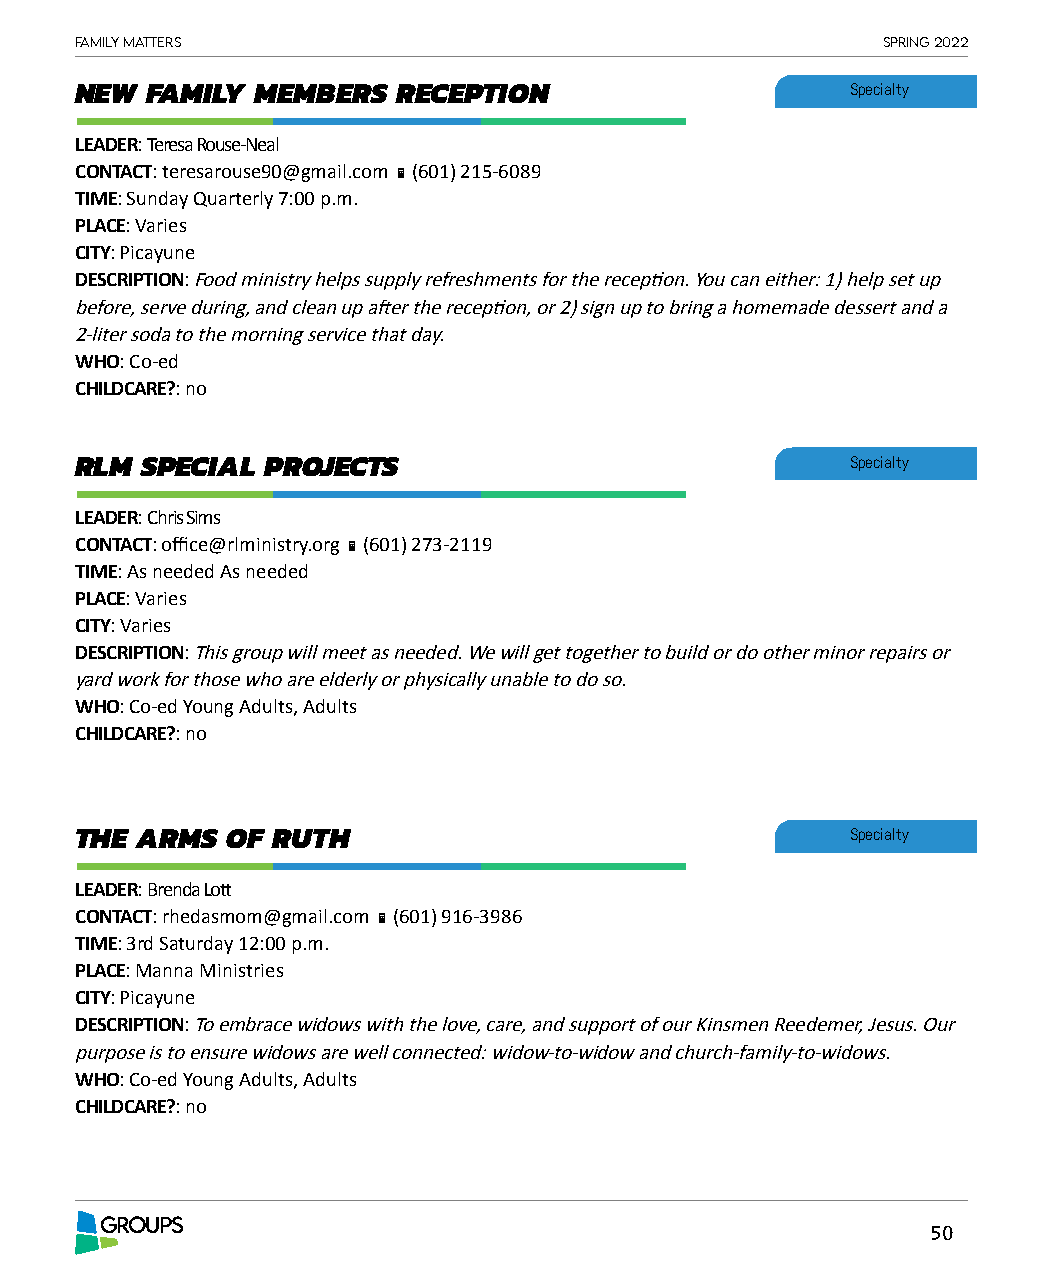
Family matters                                       spring 2022
 NEW  FAMILY MEMBERS  RECEPTION                     Specialty
 LEADER: Teresa Rouse-Neal
 CONTACT: teresarouse90@gmail.com  (601) 215-6089
 TIME: Sunday Quarterly 7:00 p.m.
 PLACE: Varies
 CITY: Picayune
 DESCRIPTION: Food ministry helps supply refreshments for the reception. You can either: 1) help set up
 before, serve during, and clean up after the reception, or 2) sign up to bring a homemade dessert and a
 2-liter soda to the morning service that day.
 WHO: Co-ed
 CHILDCARE?: no
 RLM SPECIAL  PROJECTS                              Specialty
 LEADER: Chris Sims
 CONTACT: office@rlministry.org  (601) 273-2119
 TIME: As needed As needed
 PLACE: Varies
 CITY: Varies
 DESCRIPTION: This group will meet as needed. We will get together to build or do other minor repairs or
 yard work for those who are elderly or physically unable to do so.
 WHO: Co-ed Young Adults, Adults
 CHILDCARE?: no
 THE ARMS  OF RUTH                                  Specialty
 LEADER: Brenda Lott
 CONTACT: rhedasmom@gmail.com  (601) 916-3986
 TIME: 3rd Saturday 12:00 p.m.
 PLACE: Manna Ministries
 CITY: Picayune
 DESCRIPTION: To embrace widows with the love, care, and support of our Kinsmen Reedemer, Jesus. Our
 purpose is to ensure widows are well connected: widow-to-widow and church-family-to-widows.
 WHO: Co-ed Young Adults, Adults
 CHILDCARE?: no
 GROUPS
 50